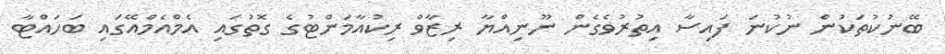
ބޭނުކުތަކުން ނުކުނަ ފައިސާ އިތުރުވެގެން ނޫނިއްޔާ ރިޒާވް ރިކުއާމަންޓުގެ ގޮތުގައި އެމްއެމްއޭގައި ބަހައްޓާ